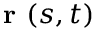
\textbf { r } ( s , t )